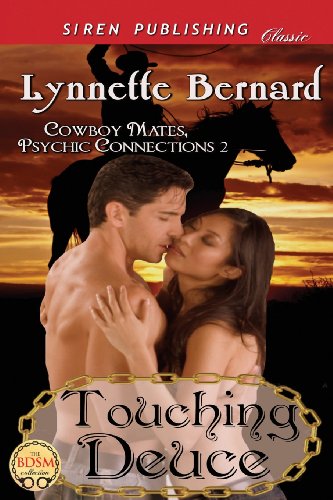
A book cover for Touching Deuce [Cowboy Mates, Psychic Connections 2] (Siren Publishing Classic); Lynnette Bernard; Romance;